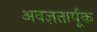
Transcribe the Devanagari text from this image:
अवज्ञतार्पूक